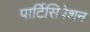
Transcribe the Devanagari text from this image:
पार्टिसिपेशन